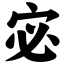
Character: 宓